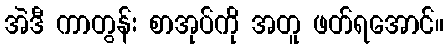
အဲဒီ ကာတွန်း စာအုပ်ကို အတူ ဖတ်ရအောင်။